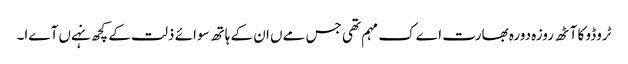
ٹروڈو کا آٹھ روزہ دورہ بھارت اےک مہم تھی جس مےں ان کے ہاتھ سوائے ذلت کے کچھ نہےں آےا۔